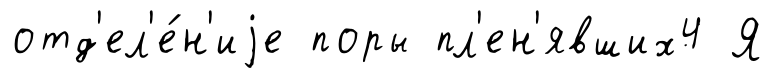
отд'ел'е́н'иjе поры пл'ен'явших4 Я